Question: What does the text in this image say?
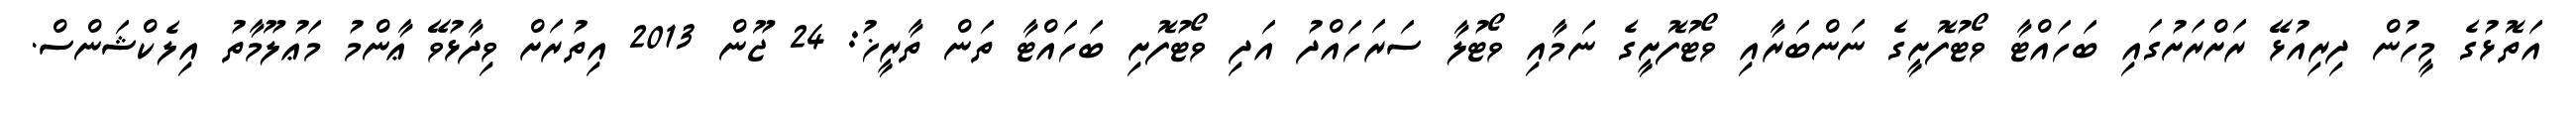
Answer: އަތޮޅުގެ މީހުން ދިރިއުޅޭ ރަށްރަށުގައި ބަހައްޓާ ވޯޓުފޮށީގެ ނަންބަރާއި ވޯޓުފޮށީގެ ނަމާއި ވޯޓުލާ ސަރަހައްދު އަދި ވޯޓުފޮށި ބަހައްޓާ ތަން ތާރީޚު: 24 ޖޫން 2013 އިތުރަށް ވިދާޅުވޭ ޢާންމު މަޢުލޫމާތު އިލެކްޝަންސް.